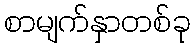
စာမျက်နှာတစ်ခု